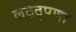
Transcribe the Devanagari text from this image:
लठ्ठ्पणा